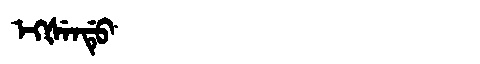
Manchu: ᡝᡴᡧᡝᠨᡩᡠ
Romanization: EKŠENDU